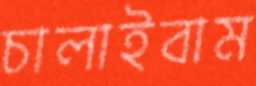
চালাইবাম